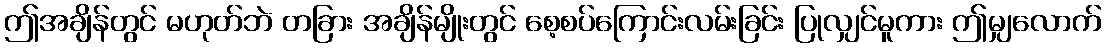
ဤအချိန်တွင် မဟုတ်ဘဲ တခြား အချိန်မျိုးတွင် စေ့စပ်ကြောင်းလမ်းခြင်း ပြုလျှင်မူကား ဤမျှလောက်